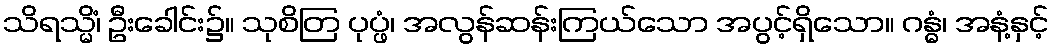
သိရသ္မိံ၊ ဦးခေါင်း၌။ သုစိတြ ပုပ္ဖံ၊ အလွန်ဆန်းကြယ်သော အပွင့်ရှိသော။ ဂန္ဓံ၊ အနံ့နှင့်